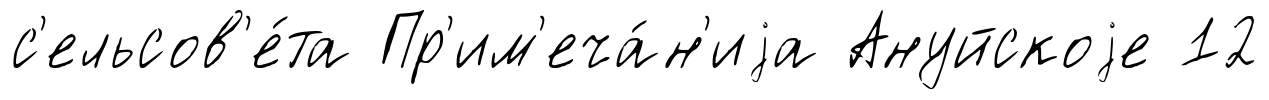
с'ельсов'е́та Пр'им'еча́н'иjа Ануйскоjе 12